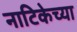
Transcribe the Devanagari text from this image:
नाटिकेच्या